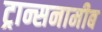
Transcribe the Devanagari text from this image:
ट्रान्सनामीब